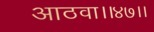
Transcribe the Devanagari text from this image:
आठवा।।४७।।